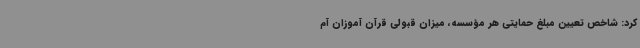
کرد: شاخص تعیین مبلغ حمایتی هر مؤسسه، میزان قبولی قرآن ‌آموزان آم